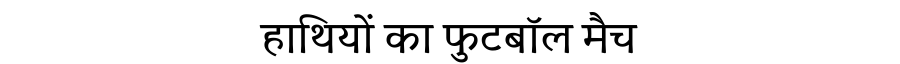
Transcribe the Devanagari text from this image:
हाथियों का फुटबॉल मैच